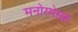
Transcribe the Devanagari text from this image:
मनोरमेसह